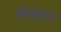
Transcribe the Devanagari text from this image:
कंसल्टंट